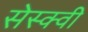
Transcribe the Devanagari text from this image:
सेस्क्वी